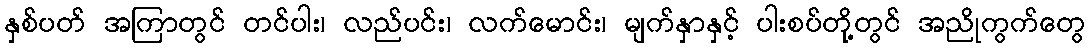
နှစ်ပတ် အကြာတွင် တင်ပါး၊ လည်ပင်း၊ လက်မောင်း၊ မျက်နှာနှင့် ပါးစပ်တို့တွင် အညိုကွက်တွေ